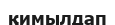
қимылдап